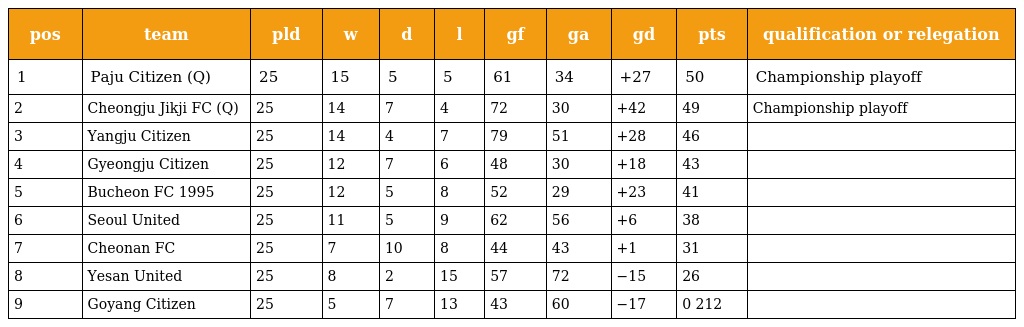
| pos | team | pld | w | d | l | gf | ga | gd | pts | qualification or relegation |
 | --- | --- | --- | --- | --- | --- | --- | --- | --- | --- | --- |
 | 1 | Paju Citizen (Q) | 25 | 15 | 5 | 5 | 61 | 34 | +27 | 50 | Championship playoff |
 | 2 | Cheongju Jikji FC (Q) | 25 | 14 | 7 | 4 | 72 | 30 | +42 | 49 | Championship playoff |
 | 3 | Yangju Citizen | 25 | 14 | 4 | 7 | 79 | 51 | +28 | 46 |  |
 | 4 | Gyeongju Citizen | 25 | 12 | 7 | 6 | 48 | 30 | +18 | 43 |  |
 | 5 | Bucheon FC 1995 | 25 | 12 | 5 | 8 | 52 | 29 | +23 | 41 |  |
 | 6 | Seoul United | 25 | 11 | 5 | 9 | 62 | 56 | +6 | 38 |  |
 | 7 | Cheonan FC | 25 | 7 | 10 | 8 | 44 | 43 | +1 | 31 |  |
 | 8 | Yesan United | 25 | 8 | 2 | 15 | 57 | 72 | −15 | 26 |  |
 | 9 | Goyang Citizen | 25 | 5 | 7 | 13 | 43 | 60 | −17 | 0 212 |  |